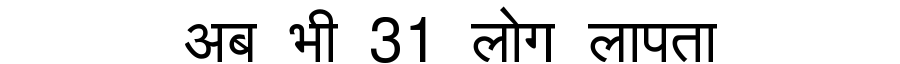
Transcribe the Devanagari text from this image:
अब भी 31 लोग लापता